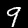
Label: 9